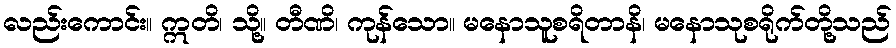
လည်းကောင်း။ ဣတိ၊ သို့။ တီဏိ၊ ကုန်သော။ မနောသူစရိတာနိ၊ မနောသုစရိုက်တို့သည်